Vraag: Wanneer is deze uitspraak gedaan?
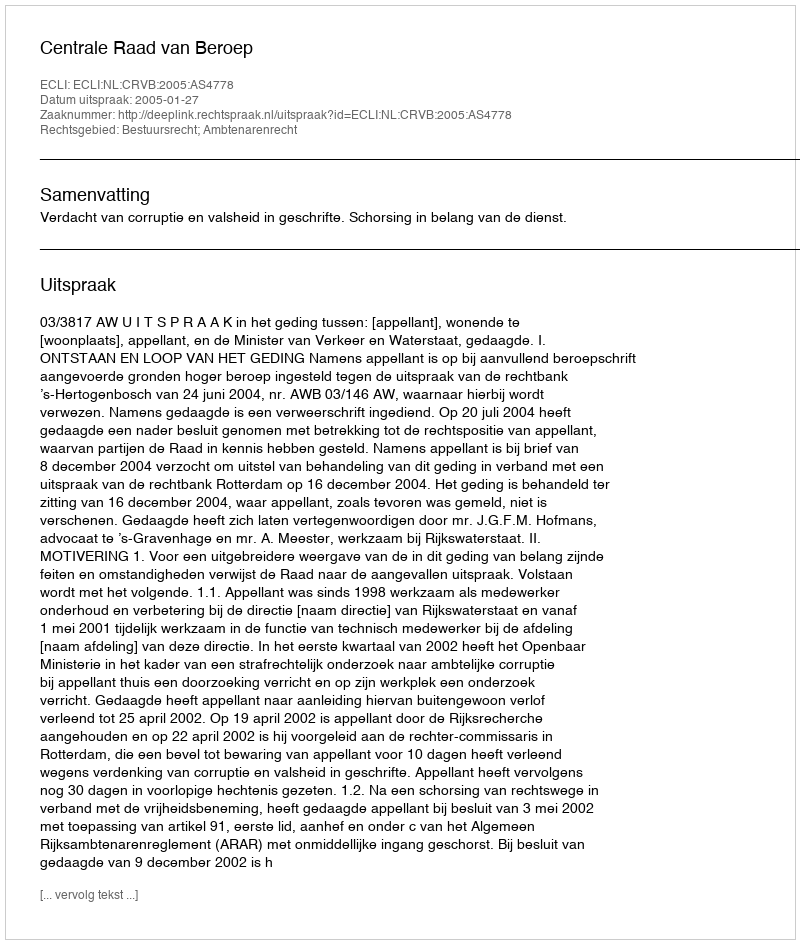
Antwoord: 2005-01-27